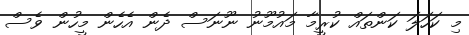
މި ކަހަލަ ކަންތައް ކުރީމާ މައުމޫނު ނޫނަސް ދެން އެހެން މީހުން ވެސް